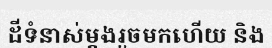
ដីទំនាស់ម្តងរួចមកហើយ និង